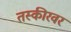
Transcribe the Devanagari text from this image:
तस्कीरवर